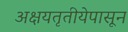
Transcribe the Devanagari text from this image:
अक्षयतृतीयेपासून